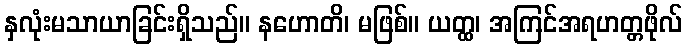
နှလုံးမသာယာခြင်းရှိသည်။ နဟောတိ၊ မဖြစ်။ ယတ္ထ၊ အကြင်အရဟတ္တဖိုလ်